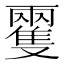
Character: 𩀝